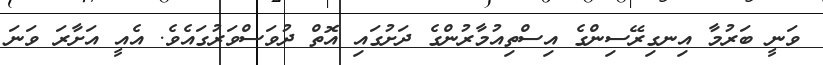
ވަނީ ބަރުމާ އިނގިރޭސިންގެ އިސްތިއުމާރުންގެ ދަށުގައި އޮތް ދުވަސްވަރުގައެވެ. އެއީ އަށާރަ ވަނަ